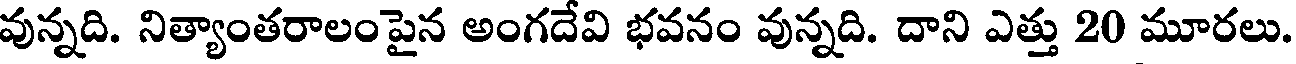
వున్నది. నిత్యాంతరాలంపైన అంగదేవి భవనం వున్నది. దాని ఎత్తు 20 మూరలు.